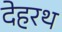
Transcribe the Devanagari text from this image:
देहरथ